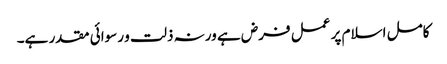
کامل اسلام پر عمل فرض ہے ورنہ ذلت و رسوائی مقدر ہے۔